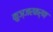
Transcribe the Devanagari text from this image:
कुञ्जरकर्ण